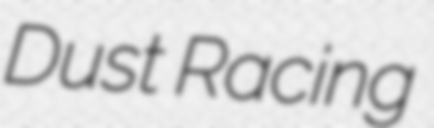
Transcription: Dust Racing